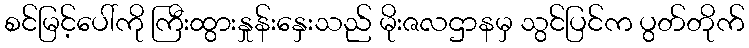
စင်မြင့်ပေါ်ကို ကြီးထွားနှုန်းနှေးသည် မိုးဇလဌာနမှ သွင်ပြင်က ပွတ်တိုက်